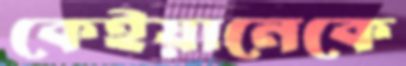
কেইয়ানেকে